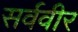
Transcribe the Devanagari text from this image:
सर्ववीर